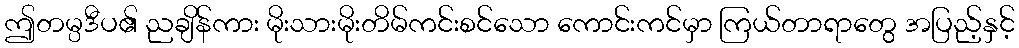
ဤတမ္ပဒီပ၏ ညချိန်ကား မိုးသားမိုးတိမ်ကင်းစင်သော ကောင်းကင်မှာ ကြယ်တာရာတွေ အပြည့်နှင့်